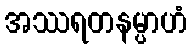
အဿရတနမ္ပာဟံ